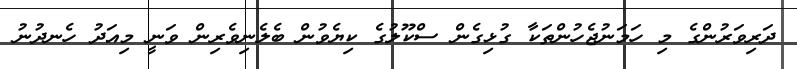
ދަރިވަރުންގެ މި ހަމަނުޖެހުންތަކާ ގުޅިގެން ސްކޫލުގެ ކިޔެވުން ބެލެނިވެރިން ވަނީ މިއަދު ހެނދުނު